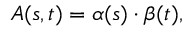
A ( s , t ) = \alpha ( s ) \cdot \beta ( t ) ,